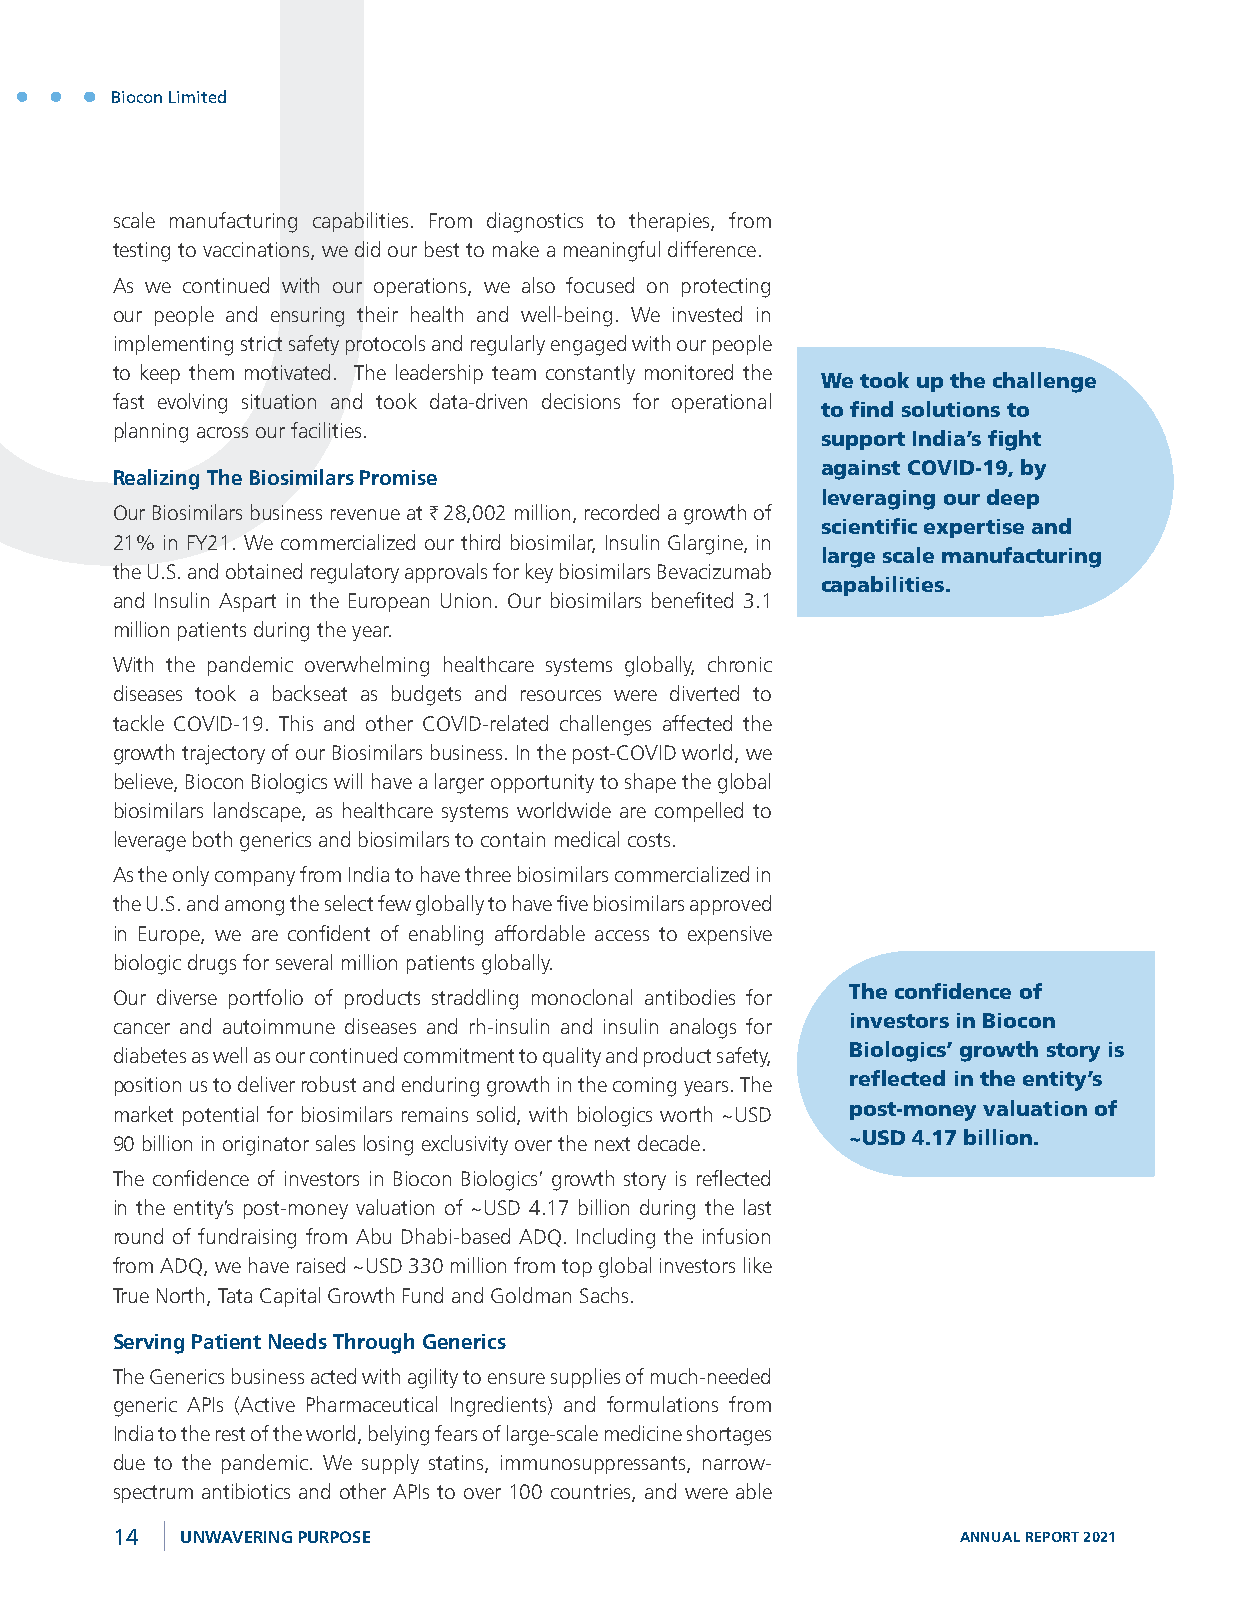
Biocon Limited
 scale manufacturing capabilities. From diagnostics to therapies, from
 testing to vaccinations, we did our best to make a meaningful difference.
 As we continued with our operations, we also focused on protecting
 our people and ensuring their health and well-being. We invested in
 implementing strict safety protocols and regularly engaged with our people
 to keep them motivated. The leadership team constantly monitored the
 We took up the challenge
 fast evolving situation and took data-driven decisions for operational
 to find solutions to
 planning across our facilities.
 support India’s fight
 against COVID-19, by
 Realizing The Biosimilars Promise
 leveraging our deep
 Our Biosimilars business revenue at H 28,002 million, recorded a growth of
 scientific expertise and
 21% in FY21. We commercialized our third biosimilar, Insulin Glargine, in
 large scale manufacturing
 the U.S. and obtained regulatory approvals for key biosimilars Bevacizumab
 capabilities.
 and Insulin Aspart in the European Union. Our biosimilars benefited 3.1
 million patients during the year.
 With the pandemic overwhelming healthcare systems globally, chronic
 diseases took a backseat as budgets and resources were diverted to
 tackle COVID-19. This and other COVID-related challenges affected the
 growth trajectory of our Biosimilars business. In the post-COVID world, we
 believe, Biocon Biologics will have a larger opportunity to shape the global
 biosimilars landscape, as healthcare systems worldwide are compelled to
 leverage both generics and biosimilars to contain medical costs.
 As the only company from India to have three biosimilars commercialized in
 the U.S. and among the select few globally to have five biosimilars approved
 in Europe, we are confident of enabling affordable access to expensive
 biologic drugs for several million patients globally.
 Our diverse portfolio of products straddling monoclonal antibodies for The confidence of
 cancer and autoimmune diseases and rh-insulin and insulin analogs for investors in Biocon
 diabetes as well as our continued commitment to quality and product safety, Biologics’ growth story is
 position us to deliver robust and enduring growth in the coming years. The reflected in the entity’s
 market potential for biosimilars remains solid, with biologics worth ~USD post-money valuation of
 90 billion in originator sales losing exclusivity over the next decade. ~USD 4.17 billion.
 The confidence of investors in Biocon Biologics’ growth story is reflected
 in the entity’s post-money valuation of ~USD 4.17 billion during the last
 round of fundraising from Abu Dhabi-based ADQ. Including the infusion
 from ADQ, we have raised ~USD 330 million from top global investors like
 True North, Tata Capital Growth Fund and Goldman Sachs.
 Serving Patient Needs Through Generics
 The Generics business acted with agility to ensure supplies of much-needed
 generic APIs (Active Pharmaceutical Ingredients) and formulations from
 India to the rest of the world, belying fears of large-scale medicine shortages
 due to the pandemic. We supply statins, immunosuppressants, narrow-
 spectrum antibiotics and other APIs to over 100 countries, and were able
 14   UNWAVERING PURPOSE                                  ANNUAL REPORT 2021